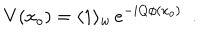
V ( x _ { o } ) = \langle 1 \rangle _ { w } \, e ^ { - i Q \phi ( x _ { o } ) } \, \, \, .